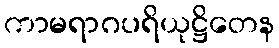
ကာမရာဂပရိယုဋ္ဌိတေန